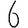
Digit: 6